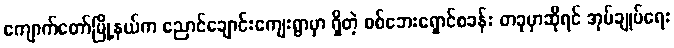
ကျောက်တော်မြို့နယ်က ညောင်ချောင်းကျေးရွာမှာ ရှိတဲ့ စစ်ဘေးရှောင်စခန်း တခုမှာဆိုရင် အုပ်ချုပ်ရေး